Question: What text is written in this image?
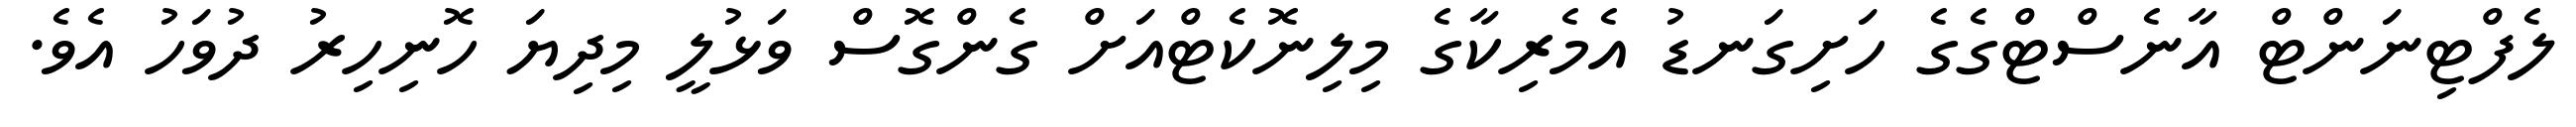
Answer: ލެފްޓިނަންޓް އާނެސްޓްގެގެ ހަށިގަނޑު އެމެރިކާގެ މިލިނޮކެޓްއަށް ގެންގޮސް ވަޅުލީ މިދިޔަ ހޮނިހިރު ދުވަހު އެވެ.